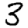
Digit: 3